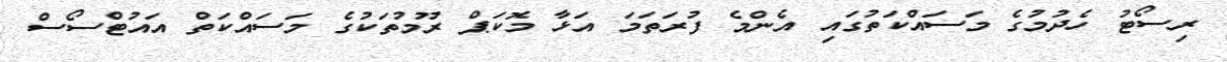
ރިސޯޓު ހެދުމުގެ މަސައްކަތުގައި އެންމެ ފުރަތަމަ އަޅާ މޮކަޕް ރޫމުތަކުގެ މަސައްކަތް އައުޓްސޯސް